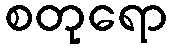
စတုရော